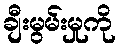
ချီးမွမ်းမှုကို